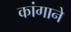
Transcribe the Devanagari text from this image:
कांगाने